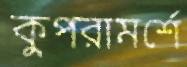
কুপরামর্শে